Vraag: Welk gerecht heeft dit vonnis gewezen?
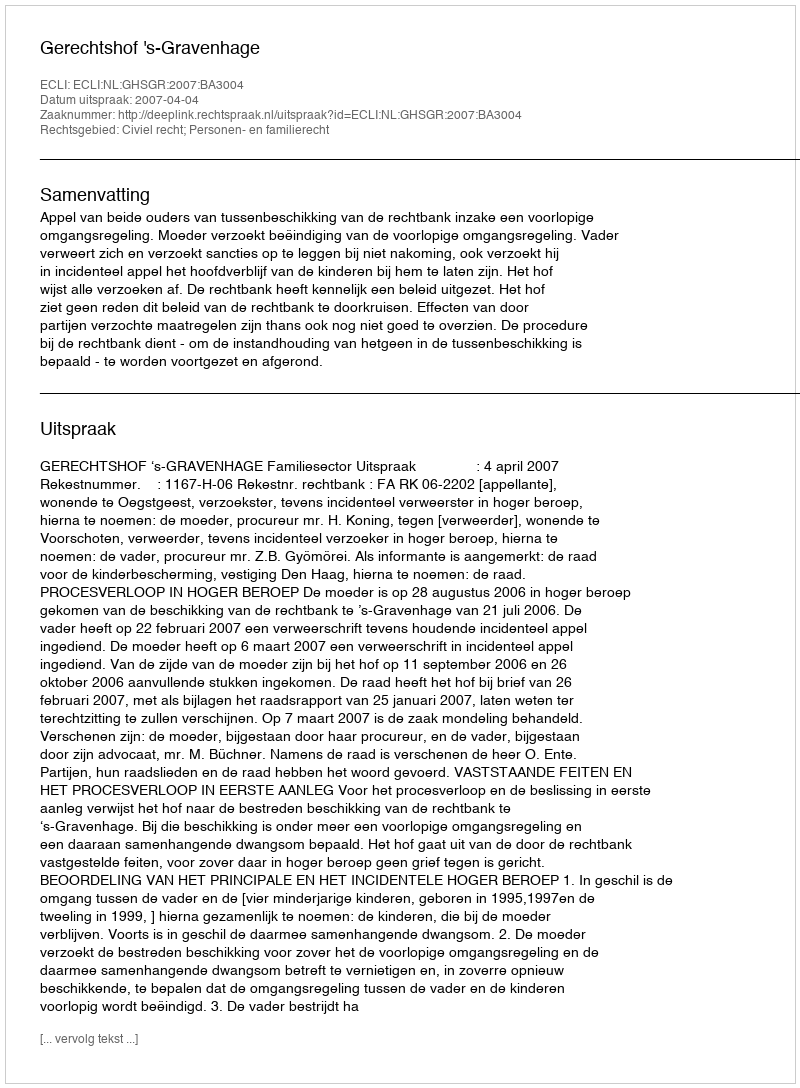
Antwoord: Gerechtshof 's-Gravenhage